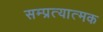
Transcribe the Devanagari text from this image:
सम्प्रत्यात्मक